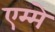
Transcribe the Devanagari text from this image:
एम्मे